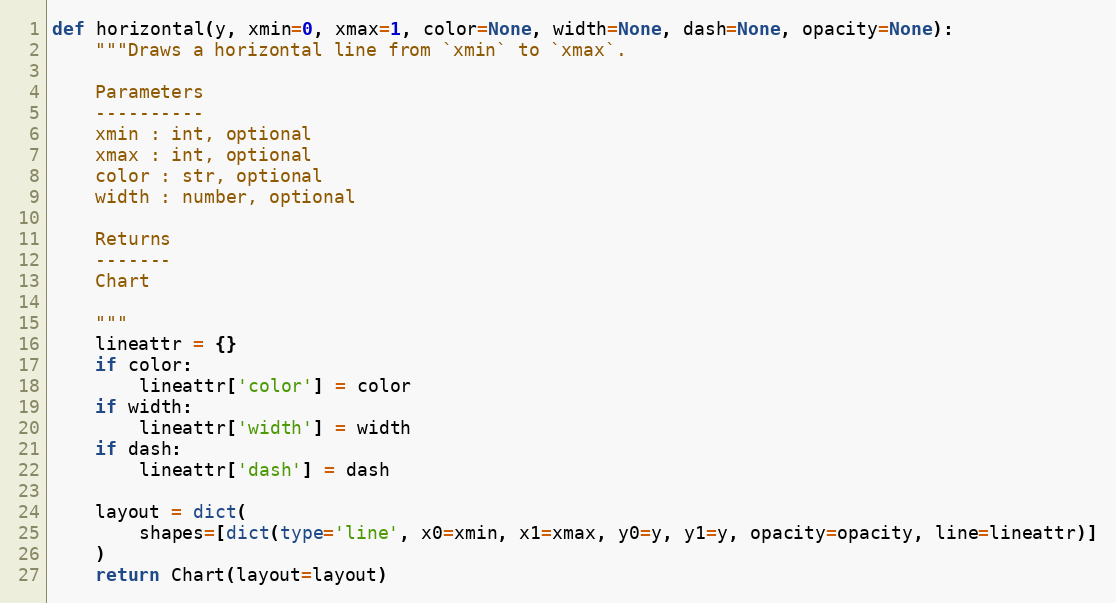
Language: Python
def horizontal(y, xmin=0, xmax=1, color=None, width=None, dash=None, opacity=None):
    """Draws a horizontal line from `xmin` to `xmax`.

    Parameters
    ----------
    xmin : int, optional
    xmax : int, optional
    color : str, optional
    width : number, optional

    Returns
    -------
    Chart

    """
    lineattr = {}
    if color:
        lineattr['color'] = color
    if width:
        lineattr['width'] = width
    if dash:
        lineattr['dash'] = dash

    layout = dict(
        shapes=[dict(type='line', x0=xmin, x1=xmax, y0=y, y1=y, opacity=opacity, line=lineattr)]
    )
    return Chart(layout=layout)